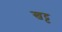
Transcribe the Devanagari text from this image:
खट्ट